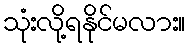
သုံးလို့ရနိုင်မလား။